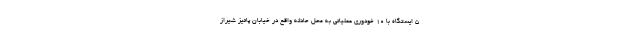
۵ ایستگاه با ۱۰ خودوری عملیاتی به محل حادثه واقع در خیابان پائیز شیراز